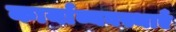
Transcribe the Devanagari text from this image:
कार्याव्यवस्थाएँ